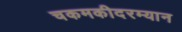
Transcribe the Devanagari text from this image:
चकमकीदरम्यान